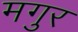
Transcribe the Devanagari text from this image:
मगुर